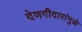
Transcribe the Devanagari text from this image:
देणगीदारांमुळे